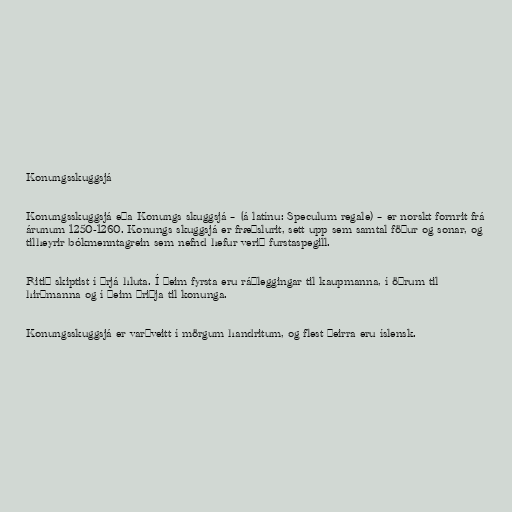
Konungsskuggsjá

Konungsskuggsjá eða Konungs skuggsjá – (á latínu: Speculum regale) – er norskt fornrit frá
árunum 1250-1260. Konungs skuggsjá er fræðslurit, sett upp sem samtal föður og sonar, og
tilheyrir bókmenntagrein sem nefnd hefur verið furstaspegill.

Ritið skiptist í þrjá hluta. Í þeim fyrsta eru ráðleggingar til kaupmanna, í öðrum til
hirðmanna og í þeim þriðja til konunga.

Konungsskuggsjá er varðveitt í mörgum handritum, og flest þeirra eru íslensk.